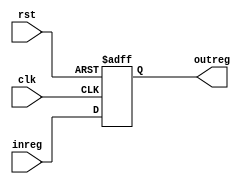
module Reg32_2(input clk, rst,input[31:0] inreg, output reg[31:0] outreg);
  always@(posedge clk, posedge rst)begin
    if(rst) outreg <= 32'b0;
    else outreg <= inreg;
  end
endmodule